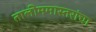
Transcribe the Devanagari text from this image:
तालीममास्तरांचा